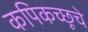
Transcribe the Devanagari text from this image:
कपिकच्छूचे